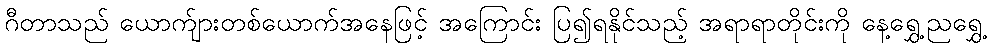
ဂီတာသည် ယောက်ျားတစ်ယောက်အနေဖြင့် အကြောင်း ပြ၍ရနိုင်သည့် အရာရာတိုင်းကို နေ့ရွှေ့ညရွှေ့